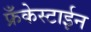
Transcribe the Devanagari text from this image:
फ्रँकेस्टाईन